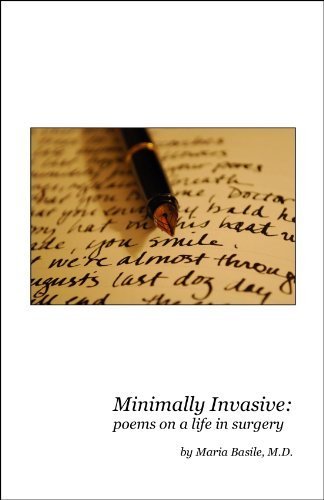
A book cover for Minimally Invasive: poems on a life in surgery; M.D. Maria Basile; Medical Books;